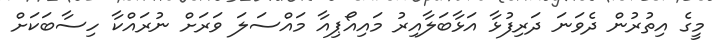
މީގެ އިތުރުން ދެވަނަ ދަރިފުޅާ އަޅާބަލާއިރު މައިއޯޕިއާ މައްސަލަ ވަރަށް ނުރައްކާ ހިސާބަކަށް